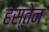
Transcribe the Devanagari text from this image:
हस्तेन